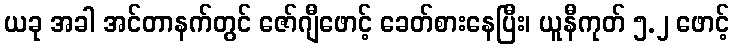
ယခု အခါ အင်တာနက်တွင် ဇော်ဂျီဖောင့် ခေတ်စားနေပြီး၊ ယူနီကုတ် ၅.၂ ဖောင့်